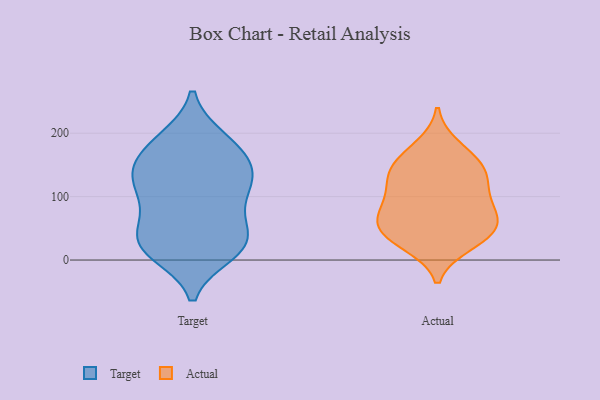
{"axis": {"x": "Website Visitors", "y": "Value"}, "legend": ["Actual", "Target"], "data": [{"x": "", "y": 29, "type": "Target"}, {"x": "", "y": 102, "type": "Target"}, {"x": "", "y": 32, "type": "Target"}, {"x": "", "y": 185, "type": "Target"}, {"x": "", "y": 24, "type": "Target"}, {"x": "", "y": 143, "type": "Target"}, {"x": "", "y": 63, "type": "Target"}, {"x": "", "y": 11, "type": "Target"}, {"x": "", "y": 152, "type": "Target"}, {"x": "", "y": 102, "type": "Target"}, {"x": "", "y": 192, "type": "Target"}, {"x": "", "y": 132, "type": "Target"}, {"x": "", "y": 190, "type": "Target"}, {"x": "", "y": 140, "type": "Target"}, {"x": "", "y": 23, "type": "Target"}, {"x": "", "y": 10, "type": "Target"}, {"x": "", "y": 47, "type": "Target"}, {"x": "", "y": 156, "type": "Target"}, {"x": "", "y": 123, "type": "Target"}, {"x": "", "y": 89, "type": "Target"}, {"x": "", "y": 37, "type": "Actual"}, {"x": "", "y": 143, "type": "Actual"}, {"x": "", "y": 26, "type": "Actual"}, {"x": "", "y": 117, "type": "Actual"}, {"x": "", "y": 156, "type": "Actual"}, {"x": "", "y": 76, "type": "Actual"}, {"x": "", "y": 54, "type": "Actual"}, {"x": "", "y": 38, "type": "Actual"}, {"x": "", "y": 89, "type": "Actual"}, {"x": "", "y": 75, "type": "Actual"}, {"x": "", "y": 121, "type": "Actual"}, {"x": "", "y": 143, "type": "Actual"}, {"x": "", "y": 178, "type": "Actual"}, {"x": "", "y": 54, "type": "Actual"}]}